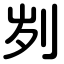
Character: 刿